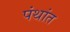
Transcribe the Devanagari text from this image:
पंथांत